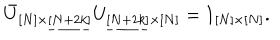
\bar { U } _ { [ N ] \times \underline { { { [ N + 2 k ] } } } } U _ { \underline { { { [ N + 2 k ] } } } \times [ N ] } = 1 _ { [ N ] \times [ N ] } .